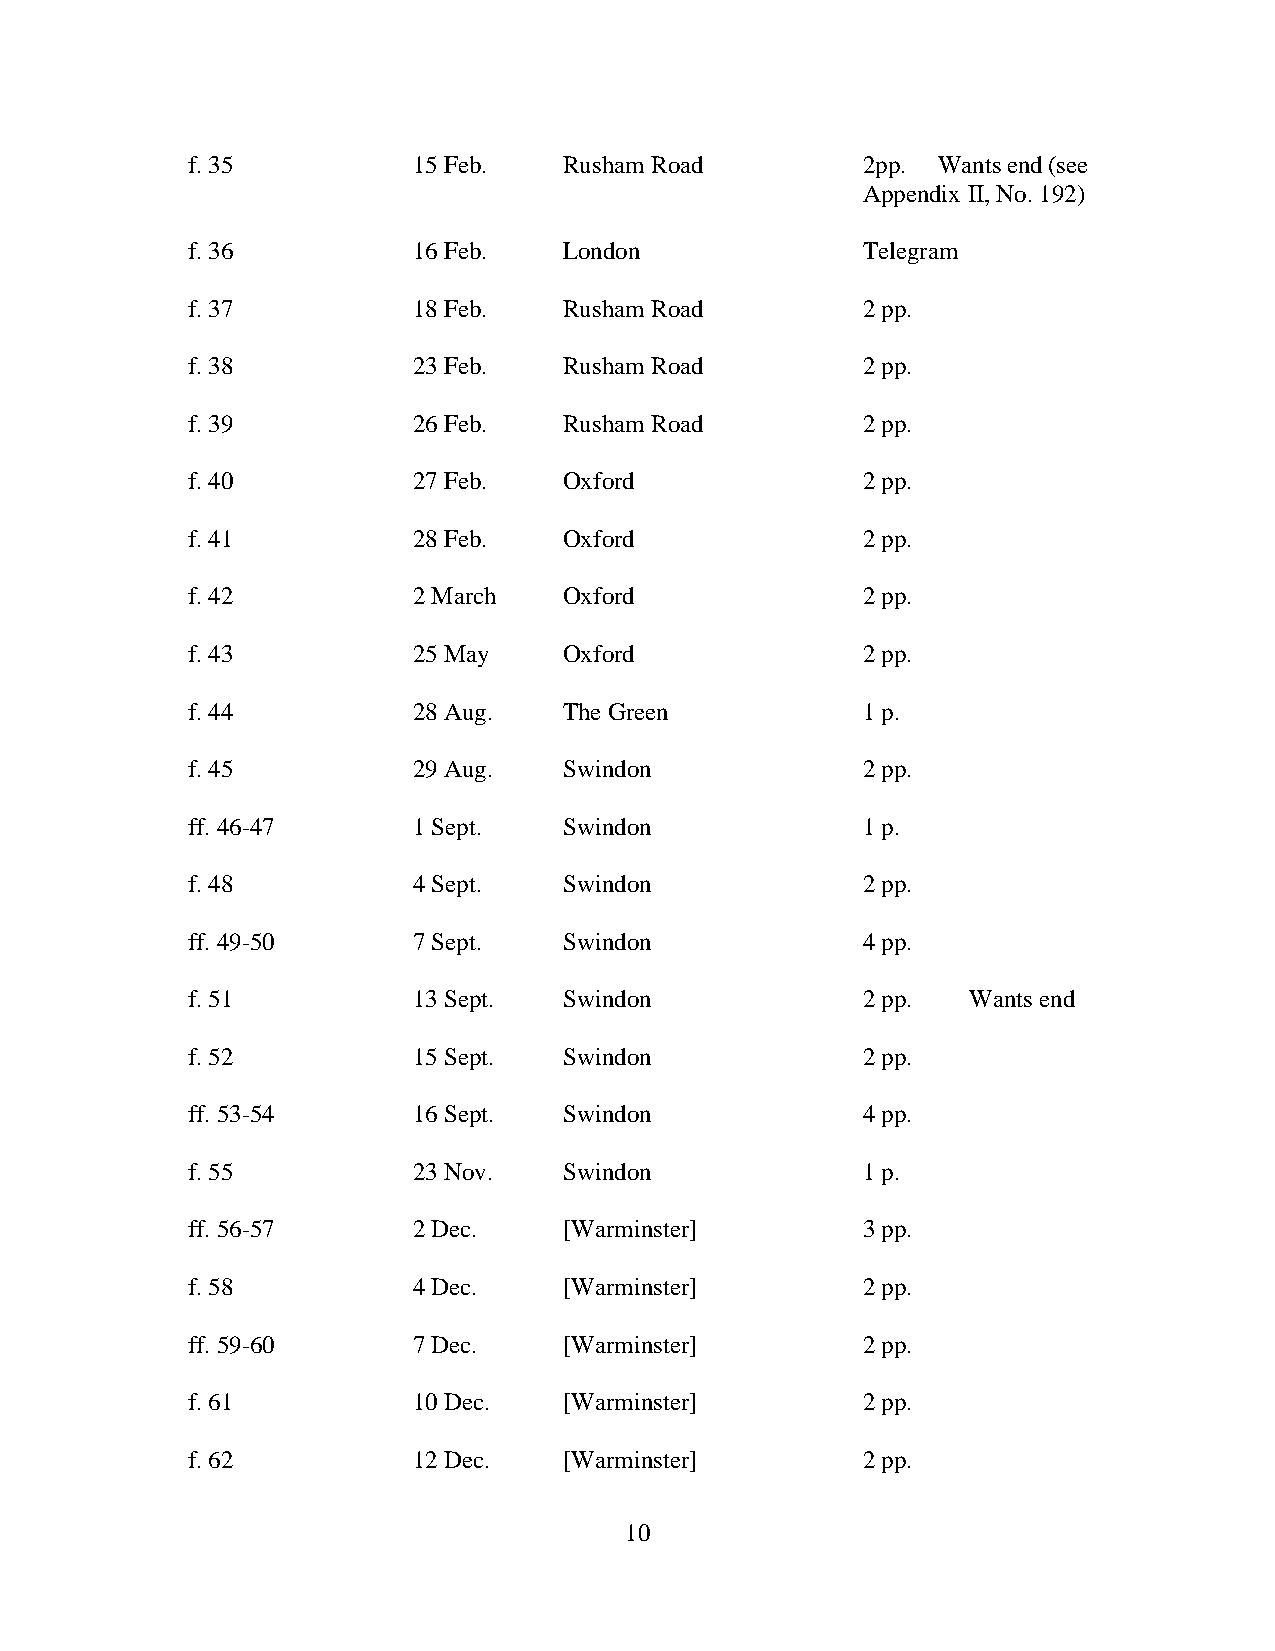
f. 35          15 Feb.   Rusham Road         2pp. Wants end (see
 Appendix II, No. 192)
 f. 36          16 Feb.   London              Telegram
 f. 37          18 Feb.   Rusham Road         2 pp.
 f. 38          23 Feb.   Rusham Road         2 pp.
 f. 39          26 Feb.   Rusham Road         2 pp.
 f. 40          27 Feb.   Oxford              2 pp.
 f. 41          28 Feb.   Oxford              2 pp.
 f. 42          2 March   Oxford              2 pp.
 f. 43          25 May    Oxford              2 pp.
 f. 44          28 Aug.   The Green           1 p.
 f. 45          29 Aug.   Swindon             2 pp.
 ff. 46-47      1 Sept.   Swindon             1 p.
 f. 48          4 Sept.   Swindon             2 pp.
 ff. 49-50      7 Sept.   Swindon             4 pp.
 f. 51          13 Sept.  Swindon             2 pp.  Wants end
 f. 52          15 Sept.  Swindon             2 pp.
 ff. 53-54      16 Sept.  Swindon             4 pp.
 f. 55          23 Nov.   Swindon             1 p.
 ff. 56-57      2 Dec.    [Warminster]        3 pp.
 f. 58          4 Dec.    [Warminster]        2 pp.
 ff. 59-60      7 Dec.    [Warminster]        2 pp.
 f. 61          10 Dec.   [Warminster]        2 pp.
 f. 62          12 Dec.   [Warminster]        2 pp.
 10